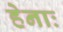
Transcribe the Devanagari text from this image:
हेनाः